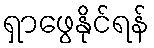
ရှာဖွေနိုင်ရန်